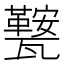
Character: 𭺧